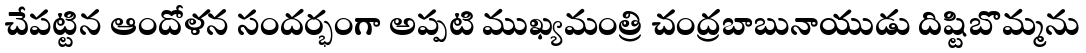
చేపట్టిన ఆందోళన సందర్భంగా అప్పటి ముఖ్యమంత్రి చంద్రబాబునాయుడు దిష్టిబొమ్మను